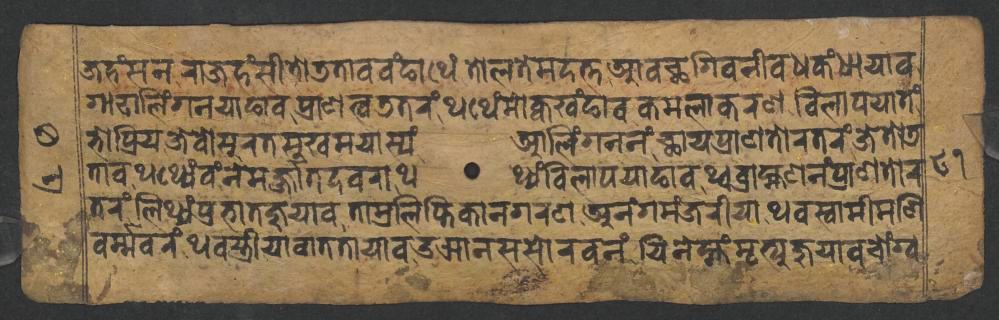
𑐖𑐴𑑄𑐳𑐣𑐬𑐵𑐖𑐴𑑄𑐳𑐷𑐟𑑀𑐜𑐟𑐵𑐰𑐰𑑄𑐒𑐵𑐠𑐾𑑄𑐟𑑀𑐮𑐟𑐾𑐩𑐡𑐟𑑂𑐟𑐁𑐰𑐕𑐐𑐶𑐰𑐣𑐷𑐰𑐢𑐎𑑄𑐢𑐵𑐫𑐵𑐰 𑐐𑐵𑐝𑐵𑐮𑐶𑑄𑐐𑐣𑐫𑐵𑐒𑐵𑐰𑐥𑑂𑐬𑐵𑐞𑐟𑑂𑐰𑐜𑐟𑐬𑑄𑐠𑐠𑐾𑑄𑐩𑑀𑐎𑑂𑐰𑐏𑑄𑐒𑐵𑐰𑐎𑐩𑐮𑐵𑐎𑐬𑐞𑐰𑐶𑐮𑐵𑐥𑐫𑐵𑐟𑑄 𑐨𑑀𑐥𑑂𑐬𑐶𑐫𑐖𑐾𑐰𑑀𑐳𑐸𑐬𑐟𑐳𑐸𑐏𑐩𑐫𑐵𑐳𑑂𑐫𑑄𑐁𑐮𑐶𑑄𑐐𑐣𑐣𑑄𑐕𑐵𑐫𑐥𑑂𑐬𑐵𑐞𑐟𑑀𑐬𑐟𑐬𑑄𑐖𑐾𑐟𑑀𑐜 𑐟𑐵𑐰𑐠𑐠𑑂𑐫𑐾𑑄𑐰𑑄𑐣𑐾𑐩𑐬𑑂𑐖𑑂𑐖𑐵𑐟𑐡𑐰𑐬𑐵𑐠𑐠𑑂𑐫𑑄𑐰𑐶𑐮𑐵𑐥𑐫𑐵𑐒𑐵𑐰𑐠𑑂𑐰𑐧𑑂𑐬𑐵𑐴𑑂𑐩𑐞𑐣𑑄𑐥𑑂𑐬𑐵𑐞𑐟𑑀𑐬 𑐟𑐬𑑄𑐮𑐶𑐠𑑂𑐫𑑄𑐥𑑂𑐬𑐨𑐵𑐟𑐖𑐸𑐫𑐵𑐰𑐟𑐵𑐩𑑂𑐬𑐮𑐶𑐥𑑂𑐟𑐶𑐎𑐵𑐣𑐐𑐬𑐞𑐀𑐣𑑄𑐐𑐩𑑄𑐖𑐬𑐷𑐫𑐵𑐠𑐰𑐳𑑂𑐰𑐵𑐩𑐷𑐩𑐞𑐶 𑐰𑐬𑑂𑐩𑑂𑐩𑐰𑐬𑑄𑐠𑐰𑐳𑑂𑐟𑑂𑐬𑐷𑐫𑐵𑐰𑐵𑐟𑐟𑐵𑐫𑐵𑐰𑑁𑐗𑐵𑐣𑐳𑐳𑑀𑐬𑐰𑐣𑑄𑐫𑐶𑐣𑐾𑐩𑑂𑐴𑑄𑐩𑐺𑐟𑑂𑐫𑐸𑐖𑐸𑐫𑐵𑐰𑐔𑑀𑑄𑐐𑑂𑐰